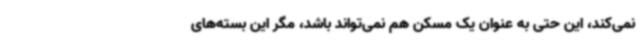
نمی‌کند، این حتی به عنوان یک مسکن هم نمی‌تواند باشد، مگر این بسته‌های